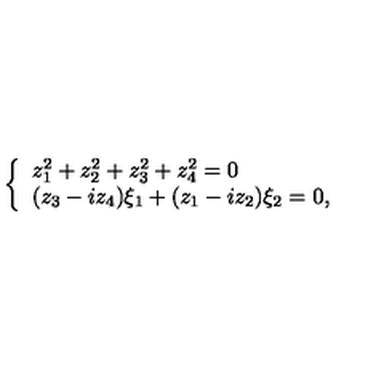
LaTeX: \left\{ \begin{array} { l } { z _ { 1 } ^ { 2 } + z _ { 2 } ^ { 2 } + z _ { 3 } ^ { 2 } + z _ { 4 } ^ { 2 } = 0 } \\ { ( z _ { 3 } - i z _ { 4 } ) \xi _ { 1 } + ( z _ { 1 } - i z _ { 2 } ) \xi _ { 2 } = 0 , } \\ \end{array} \right.